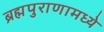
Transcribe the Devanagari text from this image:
ब्रह्मपुराणामध्ये